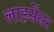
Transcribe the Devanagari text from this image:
लाइसेंसर